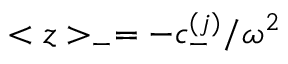
< z > _ { - } = - c _ { - } ^ { ( j ) } / \omega ^ { 2 }